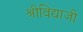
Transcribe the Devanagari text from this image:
श्रीविद्याजी